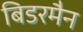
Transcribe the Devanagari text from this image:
बिडरमैन